Vaccination in Bombay 1902-1912 - 1902-1912
Year: 1902
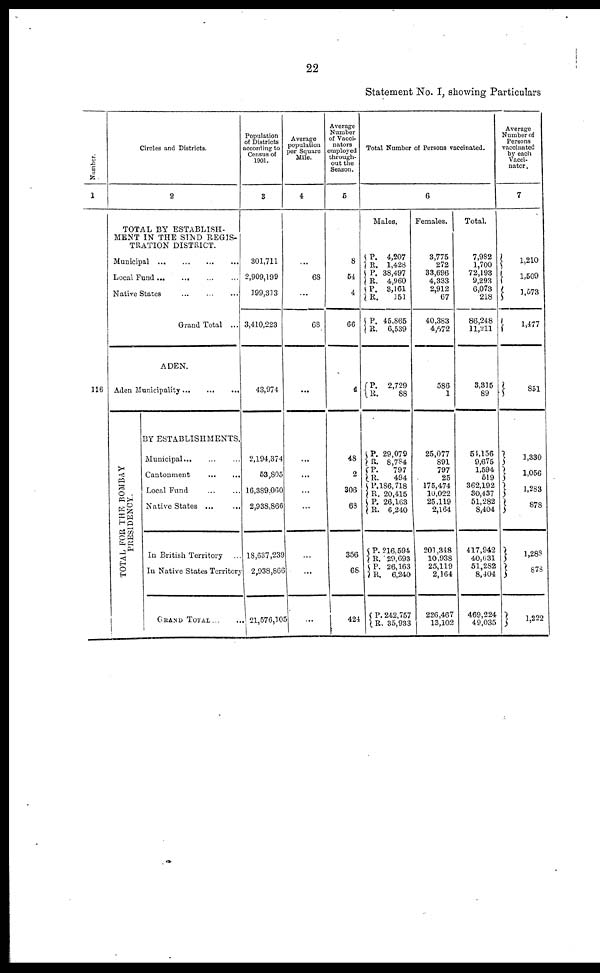
22
Statement No. I, showing Particulars
Number.
1
Circles and Districts.
2
TOTAL BY ESTABLISH-
MENT IN THE SIND REGIS-
TRATION DISTRICT.
Municipal ... ... ... ...
Local Fund ... ... ... ...
Native States ... ... ...
Grand Total ...
ADEN.
Aden Municipality ... ... ...
TOTAL FOR THE BOMBAY
PRESIDENCY.
BY ESTABLISHMENTS.
Municipal... ... ...
Cantonment ... ...
Local Fund ... ...
Native States ... ...
In British Territory ...
In Native States Territory
GRAND TOTAL
...
...
Population
of Districts
according to
Census of
1901.
3
301,711
2,909,199
199,313
3,410,223
43,974
2,194,374
53,805
16,389,060
2,938,866
18,637,239
2,938,866
21,576,105
Average
population
per Square
Mile.
4
...
68
...
68
...
...
...
...
...
...
...
...
Average
Number
of Vacci¬
nators
employed
through-
out the
Season.
5
8
64
4
66
4
48
2
306
68
356
68
424
Total Number of Persons vaccinated.
6
Males.
P.
R.
P.
R.
P.
R.
P.
R.
P.
R.
P.
R. P.
R.
P.
R. P.
R.
P.
R. P.
R.
P.
R.
4,207
1,428
38,497
4,960
3,161
151
45,865
6,539
2,729
88
29,079
8,784
797
494
186,718
20,415
26,163
6,240
216,594
29,693
26,163
6,240
242,757
35,933
Females.
3,775
272
33,696
4,333
2,912
67
40,383
4,672
586
1
25,077
891
797
25
175,474
10,022
25,119
2,164
201,348
10,938
25,119
2,164
226,467
13,102
Total.
7,982
1,700
72,193
9,293
6,073
218
86,248
11,211
3,315
89
54,156
9,675
1,594
519
362,192
30,437
51,282
8,404
417,942
40,631
51,282
8,404
469,224
49,035
Average
Number of
Persons
vaccinated
by each
Vacci¬
nator.
7
1,210
1,509
1,573
1,477
851
1,330
1,056
1,283
878
1,288
878
1,222